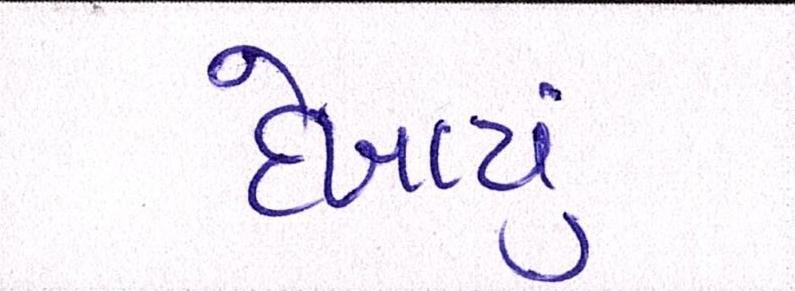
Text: દેખાયું